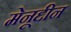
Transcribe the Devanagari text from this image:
मेनूद्दीन